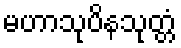
မဟာသုပိနသုတ္တံ